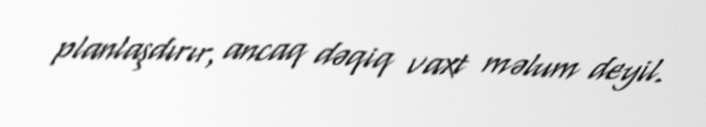
planlaşdırır, ancaq dəqiq vaxt məlum deyil.